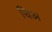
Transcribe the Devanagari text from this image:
चिअ